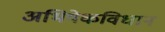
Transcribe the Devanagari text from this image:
अभिषेकविधान